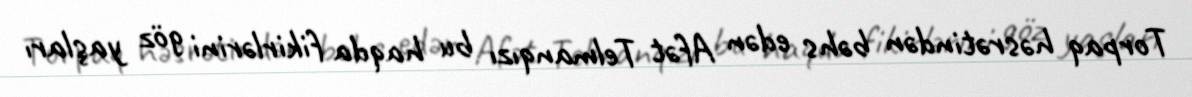
Torpaq həsrətindən bəhs edən Afət Telmanqızı bu haqda fikirlərini göz yaşları